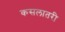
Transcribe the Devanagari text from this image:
कसलातरी